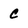
Character: c